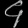
Digit: ၄